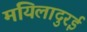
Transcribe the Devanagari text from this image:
मयिलादुरई